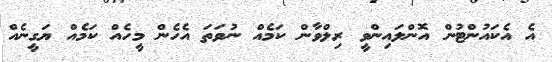
އެ އެކައުންޓުން އޮންލައިންވީ ރިލްވާން ކަމެއް ނުވަތަ އެހެން މީހެއް ކަމެއް ޔަގީނެއް